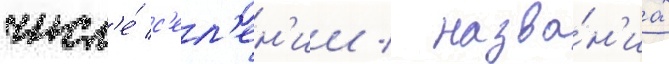
числ'е́ с'ел'ен'ии / назва́н'иах